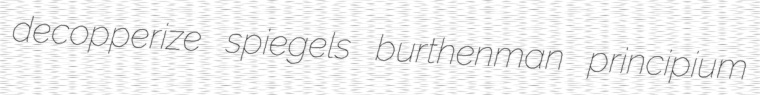
decopperize spiegels burthenman principium